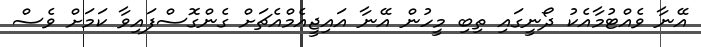
އޭނާ ވެއްޓުމާއެކު ދޯނީގައި ތިބި މީހުން އޭނާ އައިޖީއެމްއެޗަށް ގެންގޮސްފައިވާ ކަމަށް ވެސް